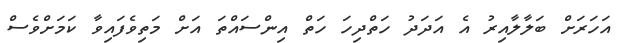
އަހަރަށް ބަލާލާއިރު އެ އަދަދު ހަތްދިހަ ހަތް އިންސައްތަ އަށް މަތިވެފައިވާ ކަމަށްވެސް